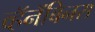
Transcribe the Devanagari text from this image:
व्हॅनॅबिनस